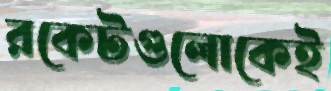
রকেটগুলোকেই